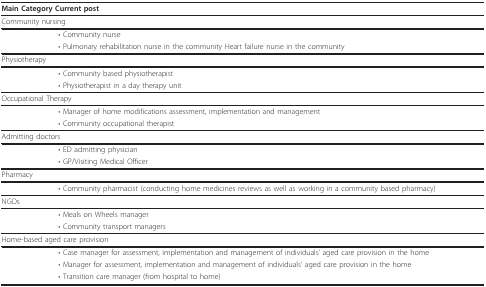
| <COLSPAN=2> Main Category Current post |
 | --- | --- |
 | <COLSPAN=2> Community nursing |
 |  | • Community nurse |
 |  | • Pulmonary rehabilitation nurse in the community Heart failure nurse in the community |
 | <COLSPAN=2> Physiotherapy |
 |  | • Community based physiotherapist |
 |  | • Physiotherapist in a day therapy unit |
 | <COLSPAN=2> Occupational Therapy |
 |  | • Manager of home modifications assessment, implementation and management |
 |  | • Community occupational therapist |
 | <COLSPAN=2> Admitting doctors |
 |  | • ED admitting physician |
 |  | • GP/Visiting Medical Officer |
 | <COLSPAN=2> Pharmacy |
 |  | • Community pharmacist (conducting home medicines reviews as well as working in a community based pharmacy) |
 | <COLSPAN=2> NGOs |
 |  | • Meals on Wheels manager |
 |  | • Community transport managers |
 | <COLSPAN=2> Home-based aged care provision |
 |  | • Case manager for assessment, implementation and management of individuals' aged care provision in the home |
 |  | • Manager for assessment, implementation and management of individuals' aged care provision in the home |
 |  | • Transition care manager (from hospital to home) |